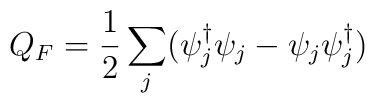
Q_F = \frac{1}{2}\sum_j( \psi_j^\dagger \psi_j -\psi_j\psi^\dagger_j)